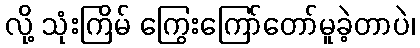
လို့ သုံးကြိမ် ကြွေးကြော်တော်မူခဲ့တာပဲ၊